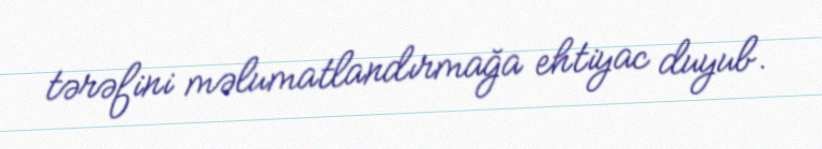
tərəfini məlumatlandırmağa ehtiyac duyub.